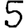
Digit: 5